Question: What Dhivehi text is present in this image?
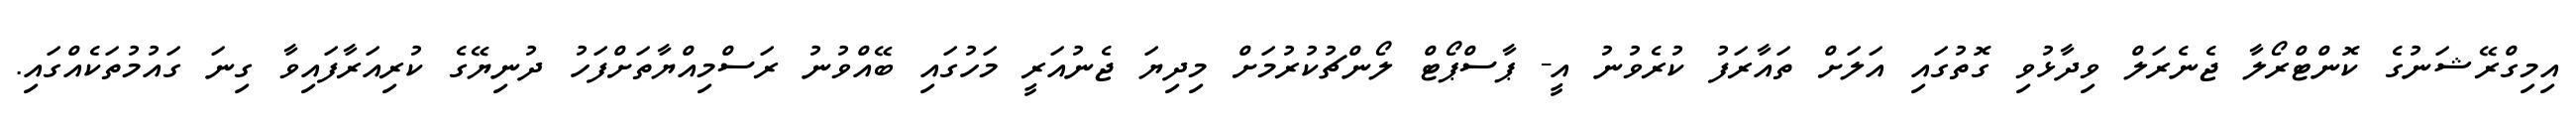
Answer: އިމިގްރޭޝަނުގެ ކޮންޓްރޯލާ ޖެނެރަލް ވިދާޅުވި ގޮތުގައި އަލަށް ތައާރަފު ކުރެވުނު އީ- ޕާސްޕޯޓް ލޯންޗުކުރުމަށް މިދިޔަ ޖެނުއަރީ މަހުގައި ބޭއްވުނު ރަސްމިއްޔާތަށްފަހު ދުނިޔޭގެ ކުރިއަރާފައިވާ ގިނަ ގައުމުތަކެއްގައި.